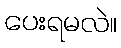
ပေးရမလဲ။